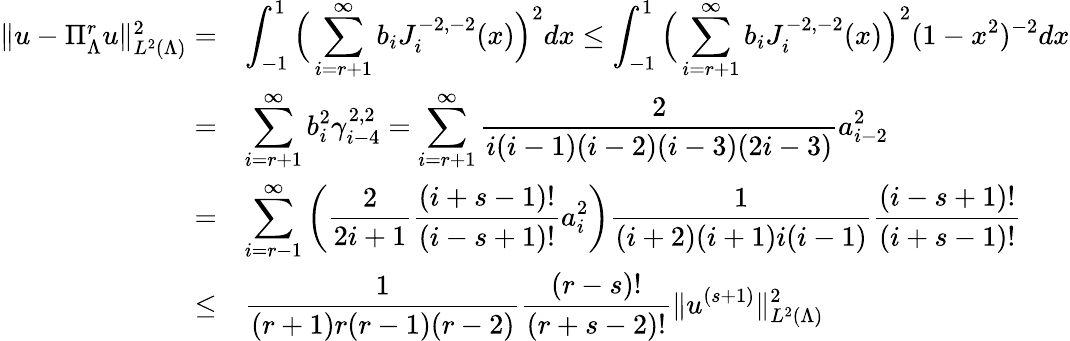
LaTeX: \begin{array}{rl}{\| u-\Pi_{\Lambda}^{r}u\| _{L^{2}(\Lambda)}^{2}=}&{\displaystyle\int_{-1}^{1}\Big(\displaystyle\sum_{i=r+1}^{\infty}b_{i}J_{i}^{-2,-2}(x)\Big)^{2}dx\le\displaystyle\int_{-1}^{1}\Big(\displaystyle\sum_{i=r+1}^{\infty}b_{i}J_{i}^{-2,-2}(x)\Big)^{2}(1-x^{2})^{-2}dx}\\ {=}&{\displaystyle\sum_{i=r+1}^{\infty}b_{i}^{2}\gamma_{i-4}^{2,2}=\displaystyle\sum_{i=r+1}^{\infty}\displaystyle\frac{2}{i(i-1)(i-2)(i-3)(2i-3)}a_{i-2}^{2}}\\ {=}&{\displaystyle\sum_{i=r-1}^{\infty}\left(\displaystyle\frac{2}{2i+1}\displaystyle\frac{(i+s-1)!}{(i-s+1)!}a_{i}^{2}\right)\displaystyle\frac{1}{(i+2)(i+1)i(i-1)}\displaystyle\frac{(i-s+1)!}{(i+s-1)!}}\\ {\le}&{\displaystyle\frac{1}{(r+1)r(r-1)(r-2)}\displaystyle\frac{(r-s)!}{(r+s-2)!}\| u^{(s+1)}\| _{L^{2}(\Lambda)}^{2}}\end{array}